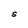
Character: S